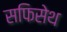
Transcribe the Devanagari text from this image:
सफिसेथ